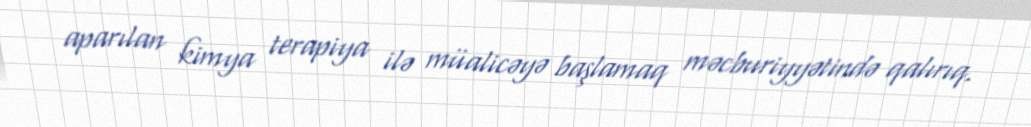
aparılan kimya terapiya ilə müalicəyə başlamaq məcburiyyətində qalırıq.